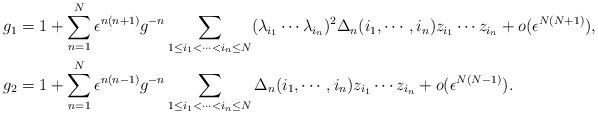
LaTeX: \begin{align*} & g_1= 1+\sum_{n=1}^N\epsilon^{n(n+1)}g^{-n}\sum_{1\leq i_1<\cdots <i_n\leq N}(\lambda_{i_1}\cdots \lambda_{i_n})^2\Delta_n(i_1,\cdots , i_n)z_{i_1}\cdots z_{i_n}+o(\epsilon^{N(N+1)}),\\ & g_2= 1+\sum_{n=1}^N\epsilon^{n(n-1)}g^{-n}\sum_{1\leq i_1<\cdots <i_n\leq N}\Delta_n(i_1,\cdots , i_n)z_{i_1}\cdots z_{i_n}+o(\epsilon^{N(N-1)}).\end{align*}